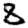
Digit: 8